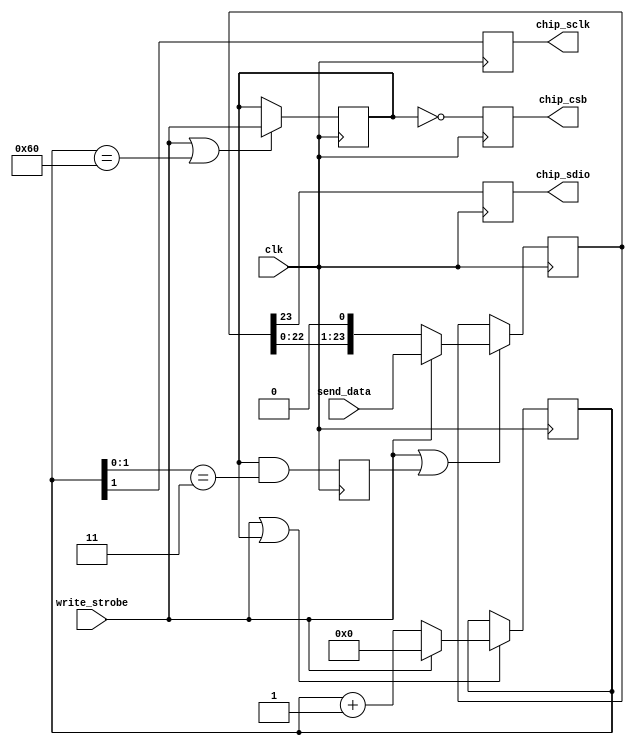
// Synthesizes to 34 slices at 140 MHz in XC3Sxxx-4 using XST-8.2i

`timescale 1ns / 1ns

module ad95xx_driver(
	input clk,  // timespec 7.0 ns
	// control input (in the (posedge clk) domain)
	input [23:0] send_data,
	input write_strobe,

	// pins that connect to the AD95xx chip
	output reg chip_sclk,
	output reg chip_sdio,
	output reg chip_csb);

reg [6:0] divclk=0;
reg [23:0] divdata=0;
reg div_send=0, shift=0;
initial begin
	chip_sclk=0;
	chip_sdio=0;
	chip_csb=1;
end
always @(posedge clk) begin
	if (write_strobe | divclk == 96) div_send <= write_strobe;
	if (write_strobe | div_send) divclk <= write_strobe ? 0 : divclk+1'b1;
	shift <= div_send & divclk[1:0]==2'b11;
	if (write_strobe | shift) divdata <= write_strobe ? send_data :
		{divdata[22:0],1'b0};
	// register each pin, to make timing at the pins more predictable
	chip_sclk <= divclk[1];
	chip_sdio <= divdata[23];
	chip_csb  <= ~div_send;
end

endmodule